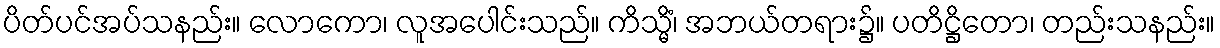
ပိတ်ပင်အပ်သနည်း။ လောကော၊ လူအပေါင်းသည်။ ကိသ္မိံ၊ အဘယ်တရား၌။ ပတိဋ္ဌိတော၊ တည်းသနည်း။